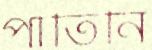
পাতিনি